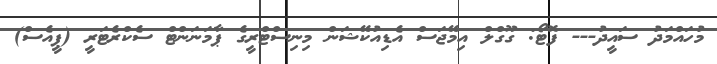
މުހައްމަދު ސައީދު--- ފޮޓޯ: ގޫގްލް އިމޭޖަސް އެޑިއުކޭޝަން މިނިސްޓްރީގެ ޕާމަނަންޓް ސެކްރެޓަރީ (ޕީއެސް)